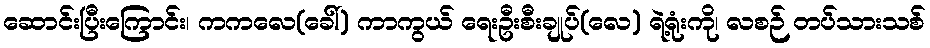
ဆောင်းပြီးကြောင်း၊ ကကလေ(ခေါ်) ကာကွယ် ရေးဦးစီးချုပ်(လေ) ရဲ့ရုံးကို၊ လစဉ် တပ်သားသစ်